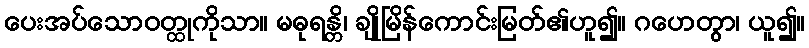
ပေးအပ်သောဝတ္ထုကိုသာ။ မဓုရန္တိ၊ ချိုမြိန်ကောင်းမြတ်၏ဟူ၍။ ဂဟေတွာ၊ ယူ၍။